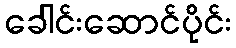
ခေါင်းဆောင်ပိုင်း